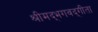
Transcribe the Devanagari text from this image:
श्रीमद्‍भगवद्‍गीता